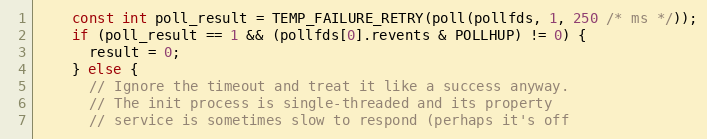
Language: C++
    const int poll_result = TEMP_FAILURE_RETRY(poll(pollfds, 1, 250 /* ms */));
    if (poll_result == 1 && (pollfds[0].revents & POLLHUP) != 0) {
      result = 0;
    } else {
      // Ignore the timeout and treat it like a success anyway.
      // The init process is single-threaded and its property
      // service is sometimes slow to respond (perhaps it's off